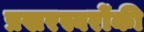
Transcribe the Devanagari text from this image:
प्रखरस्वरोंकी